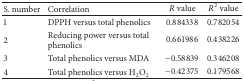
<table><thead><tr><td><b>S. number</b></td><td><b>Correlation</b></td><td><b><i>R</i> value</b></td><td><b><i>R</i><sup>2</sup> value</b></td></tr></thead><tbody><tr><td>1</td><td>DPPH versus total phenolics</td><td>0.884338</td><td>0.782054</td></tr><tr><td>2</td><td>Reducing power versus total phenolics</td><td>0.661986</td><td>0.438226</td></tr><tr><td>3</td><td>Total phenolics versus MDA</td><td>−0.58839</td><td>0.346208</td></tr><tr><td>4</td><td>Total phenolics versus H<sub>2</sub>O<sub>2</sub></td><td>−0.42375</td><td>0.179568</td></tr></tbody></table>